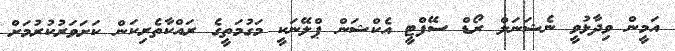
އަމީން ވިދާޅުވީ ނެޝަނަލް ރޯޑް ސޭފްޓީ އެކްޝަން ޕްލޭނަކީ މަގުމަތީގެ ރައްކާތެރިކަން ކަށަވަރުކުރުމަށް